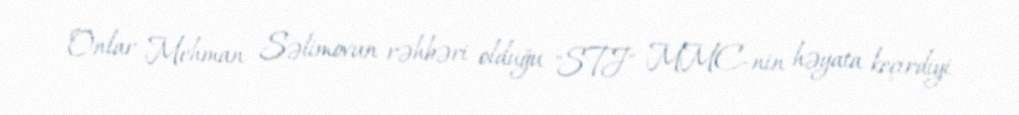
Onlar Mehman Səlimovun rəhbəri olduğu "STJ" MMC-nin həyata keçirdiyi